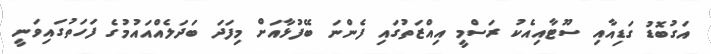
އަގުބޮޑު ގަޑިއާއި ސޫޓާއިއެކު ރަސްމީ އިއްޒަތުގައި ފެންނަ ބޭފުޅާއަށް މިފަދަ ބަދަލެއްއައުމުގެ ފަހަތުގައިވަނީ